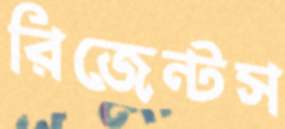
রিজেন্টস